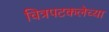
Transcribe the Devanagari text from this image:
चित्रपटकलेच्या